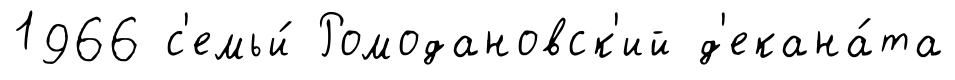
1966 с'емьи́ Ромодановск'ий д'екана́та